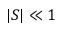
\vert S \vert \ll 1